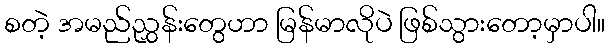
စတဲ့ အမည်ညွှန်းတွေဟာ မြန်မာလိုပဲ ဖြစ်သွားတော့မှာပါ။